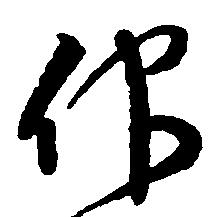
仰